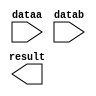
// megafunction wizard: %LPM_MULT%VBB%
// GENERATION: STANDARD
// VERSION: WM1.0
// MODULE: lpm_mult 

// ============================================================
// Megafunction Name(s):
// 			lpm_mult
//
// Simulation Library Files(s):
// 			lpm
// ============================================================
// ************************************************************
// THIS IS A WIZARD-GENERATED FILE. DO NOT EDIT THIS FILE!
//
// 20.1.1 Build 720 11/11/2020 SJ Lite Edition
// ************************************************************

//Copyright (C) 2020  Intel Corporation. All rights reserved.
//Your use of Intel Corporation's design tools, logic functions 
//and other software and tools, and any partner logic 
//functions, and any output files from any of the foregoing 
//(including device programming or simulation files), and any 
//associated documentation or information are expressly subject 
//to the terms and conditions of the Intel Program License 
//Subscription Agreement, the Intel Quartus Prime License Agreement,
//the Intel FPGA IP License Agreement, or other applicable license
//agreement, including, without limitation, that your use is for
//the sole purpose of programming logic devices manufactured by
//Intel and sold by Intel or its authorized distributors.  Please
//refer to the applicable agreement for further details, at
//https://fpgasoftware.intel.com/eula.

module mult (
	dataa,
	datab,
	result);

	input	[7:0]  dataa;
	input	[7:0]  datab;
	output	[15:0]  result;

endmodule

// ============================================================
// CNX file retrieval info
// ============================================================
// Retrieval info: PRIVATE: AutoSizeResult NUMERIC "1"
// Retrieval info: PRIVATE: B_isConstant NUMERIC "0"
// Retrieval info: PRIVATE: ConstantB NUMERIC "0"
// Retrieval info: PRIVATE: INTENDED_DEVICE_FAMILY STRING "Cyclone IV E"
// Retrieval info: PRIVATE: LPM_PIPELINE NUMERIC "0"
// Retrieval info: PRIVATE: Latency NUMERIC "0"
// Retrieval info: PRIVATE: SYNTH_WRAPPER_GEN_POSTFIX STRING "0"
// Retrieval info: PRIVATE: SignedMult NUMERIC "0"
// Retrieval info: PRIVATE: USE_MULT NUMERIC "1"
// Retrieval info: PRIVATE: ValidConstant NUMERIC "0"
// Retrieval info: PRIVATE: WidthA NUMERIC "8"
// Retrieval info: PRIVATE: WidthB NUMERIC "8"
// Retrieval info: PRIVATE: WidthP NUMERIC "16"
// Retrieval info: PRIVATE: aclr NUMERIC "0"
// Retrieval info: PRIVATE: clken NUMERIC "0"
// Retrieval info: PRIVATE: new_diagram STRING "1"
// Retrieval info: PRIVATE: optimize NUMERIC "1"
// Retrieval info: LIBRARY: lpm lpm.lpm_components.all
// Retrieval info: CONSTANT: LPM_HINT STRING "DEDICATED_MULTIPLIER_CIRCUITRY=YES,MAXIMIZE_SPEED=9"
// Retrieval info: CONSTANT: LPM_REPRESENTATION STRING "UNSIGNED"
// Retrieval info: CONSTANT: LPM_TYPE STRING "LPM_MULT"
// Retrieval info: CONSTANT: LPM_WIDTHA NUMERIC "8"
// Retrieval info: CONSTANT: LPM_WIDTHB NUMERIC "8"
// Retrieval info: CONSTANT: LPM_WIDTHP NUMERIC "16"
// Retrieval info: USED_PORT: dataa 0 0 8 0 INPUT NODEFVAL "dataa[7..0]"
// Retrieval info: USED_PORT: datab 0 0 8 0 INPUT NODEFVAL "datab[7..0]"
// Retrieval info: USED_PORT: result 0 0 16 0 OUTPUT NODEFVAL "result[15..0]"
// Retrieval info: CONNECT: @dataa 0 0 8 0 dataa 0 0 8 0
// Retrieval info: CONNECT: @datab 0 0 8 0 datab 0 0 8 0
// Retrieval info: CONNECT: result 0 0 16 0 @result 0 0 16 0
// Retrieval info: GEN_FILE: TYPE_NORMAL mult.v TRUE
// Retrieval info: GEN_FILE: TYPE_NORMAL mult.inc FALSE
// Retrieval info: GEN_FILE: TYPE_NORMAL mult.cmp FALSE
// Retrieval info: GEN_FILE: TYPE_NORMAL mult.bsf FALSE
// Retrieval info: GEN_FILE: TYPE_NORMAL mult_inst.v FALSE
// Retrieval info: GEN_FILE: TYPE_NORMAL mult_bb.v TRUE
// Retrieval info: LIB_FILE: lpm